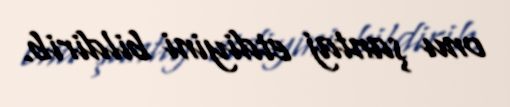
onu şantaj etdiyini bildirib.